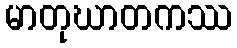
မာတုဃာတကဿ